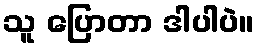
သူ ပြောတာ ဒါပါပဲ။